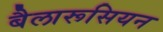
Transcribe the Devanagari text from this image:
बैलारूसियन